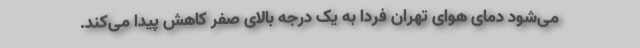
می‌شود دمای هوای تهران فردا به یک درجه بالای صفر کاهش پیدا می‌کند.